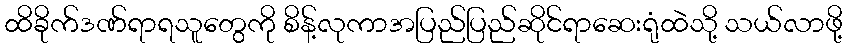
ထိခိုက်ဒဏ်ရာရသူတွေကို စိန့်လုကာအပြည်ပြည်ဆိုင်ရာဆေးရုံထဲသို့ သယ်လာဖို့